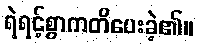
ရဲရင့်စွာကတိပေးခဲ့၏။